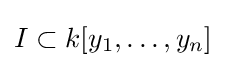
I\subset k[y_{1},\dots ,y_{n}]